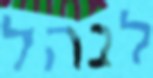
לנהל